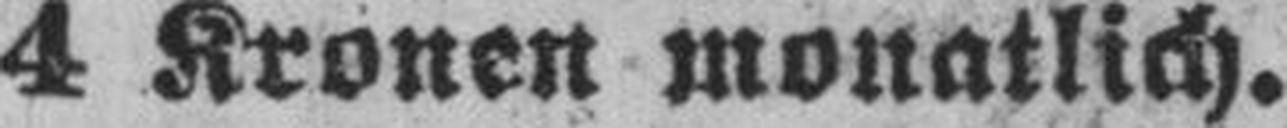
4 Kronen monatlich.